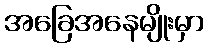
အခြေအနေမျိုးမှာ